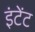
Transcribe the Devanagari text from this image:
इंटेंट